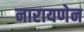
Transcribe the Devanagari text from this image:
नारायणेन